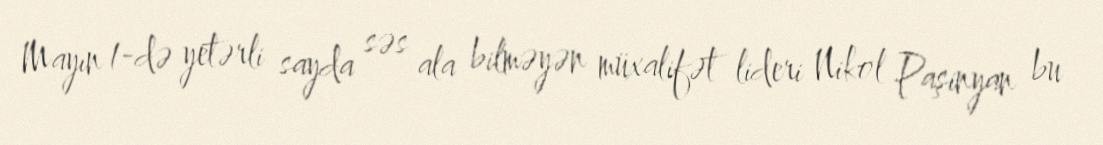
Mayın 1-də yetərli sayda səs ala bilməyən müxalifət lideri Nikol Paşinyan bu